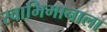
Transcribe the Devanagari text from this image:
स्वाभिमानाला